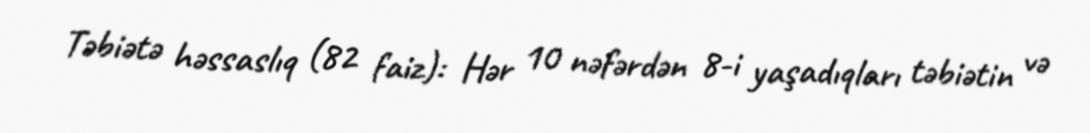
Təbiətə həssaslıq (82 faiz): Hər 10 nəfərdən 8-i yaşadıqları təbiətin və